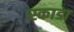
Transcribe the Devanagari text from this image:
स्काडा